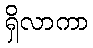
ရှိလာကာ